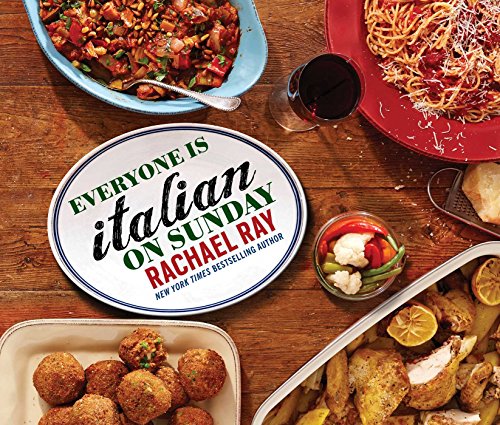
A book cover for Everyone Is Italian on Sunday; Rachael Ray; Cookbooks, Food & Wine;